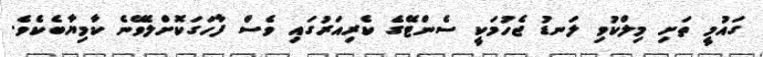
ގައުމީ ތަށި މިލްކުވި ލަނޑު ޖެހުމަކީ ސެންޓޭގެ ކެރިއަރުގައި ވެސް ފާހަގަކޮށްލެވޭނެ ކާމިޔާބެކެވެ.